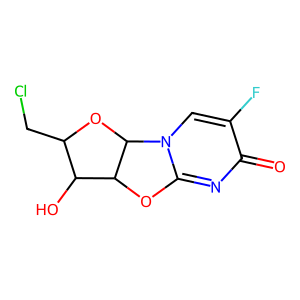
SMILES: O=c1nc2n(cc1F)C1OC(CCl)C(O)C1O2
Inhibits HIV replication: No